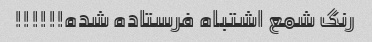
رنگ شمع اشتباه فرستاده شده!!!!!!